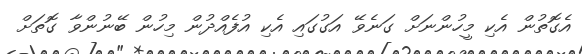
އެގޮތުން އެކި މީހުންނަށް ގަނެވޭ އަގުގައި އެކި އުފެއްދުން މިހުން ބޭނުންވާ ގޮތަށް